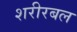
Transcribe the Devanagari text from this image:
शरीरबल